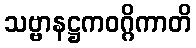
သဗ္ဗာနဋ္ဌကဝဂ္ဂိကာတိ